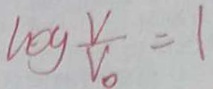
\log \frac { V } { V _ { 0 } } = 1